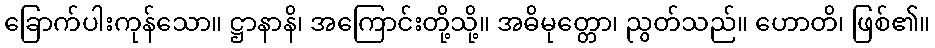
ခြောက်ပါးကုန်သော။ ဋ္ဌာနာနိ၊ အကြောင်းတို့သို့။ အဓိမုတ္တော၊ ညွတ်သည်။ ဟောတိ၊ ဖြစ်၏။